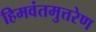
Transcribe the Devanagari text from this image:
हिमवंतमुत्तरेण